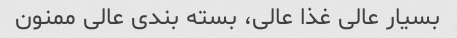
بسیار عالی غذا عالی، بسته بندی عالی ممنون